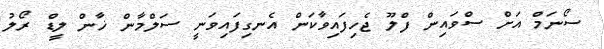
ސޯނަމް އަށް ސްވައިން ފްލޫ ޖެހިފައިވާކަން އެނގިފައިވަނީ ސަލްމާން ޚާން ލީޑް ރޯލު